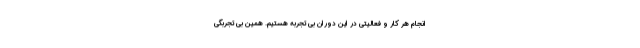
انجام هر کار و فعالیتی در این دوران بی تجربه هستیم. همین بی تجربگی